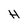
Character: H